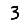
Digit: 3